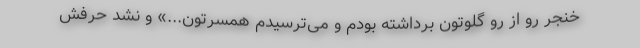
خنجر رو از رو گلوتون برداشته بودم و می‌ترسیدم همسرتون...» و نشد حرفش